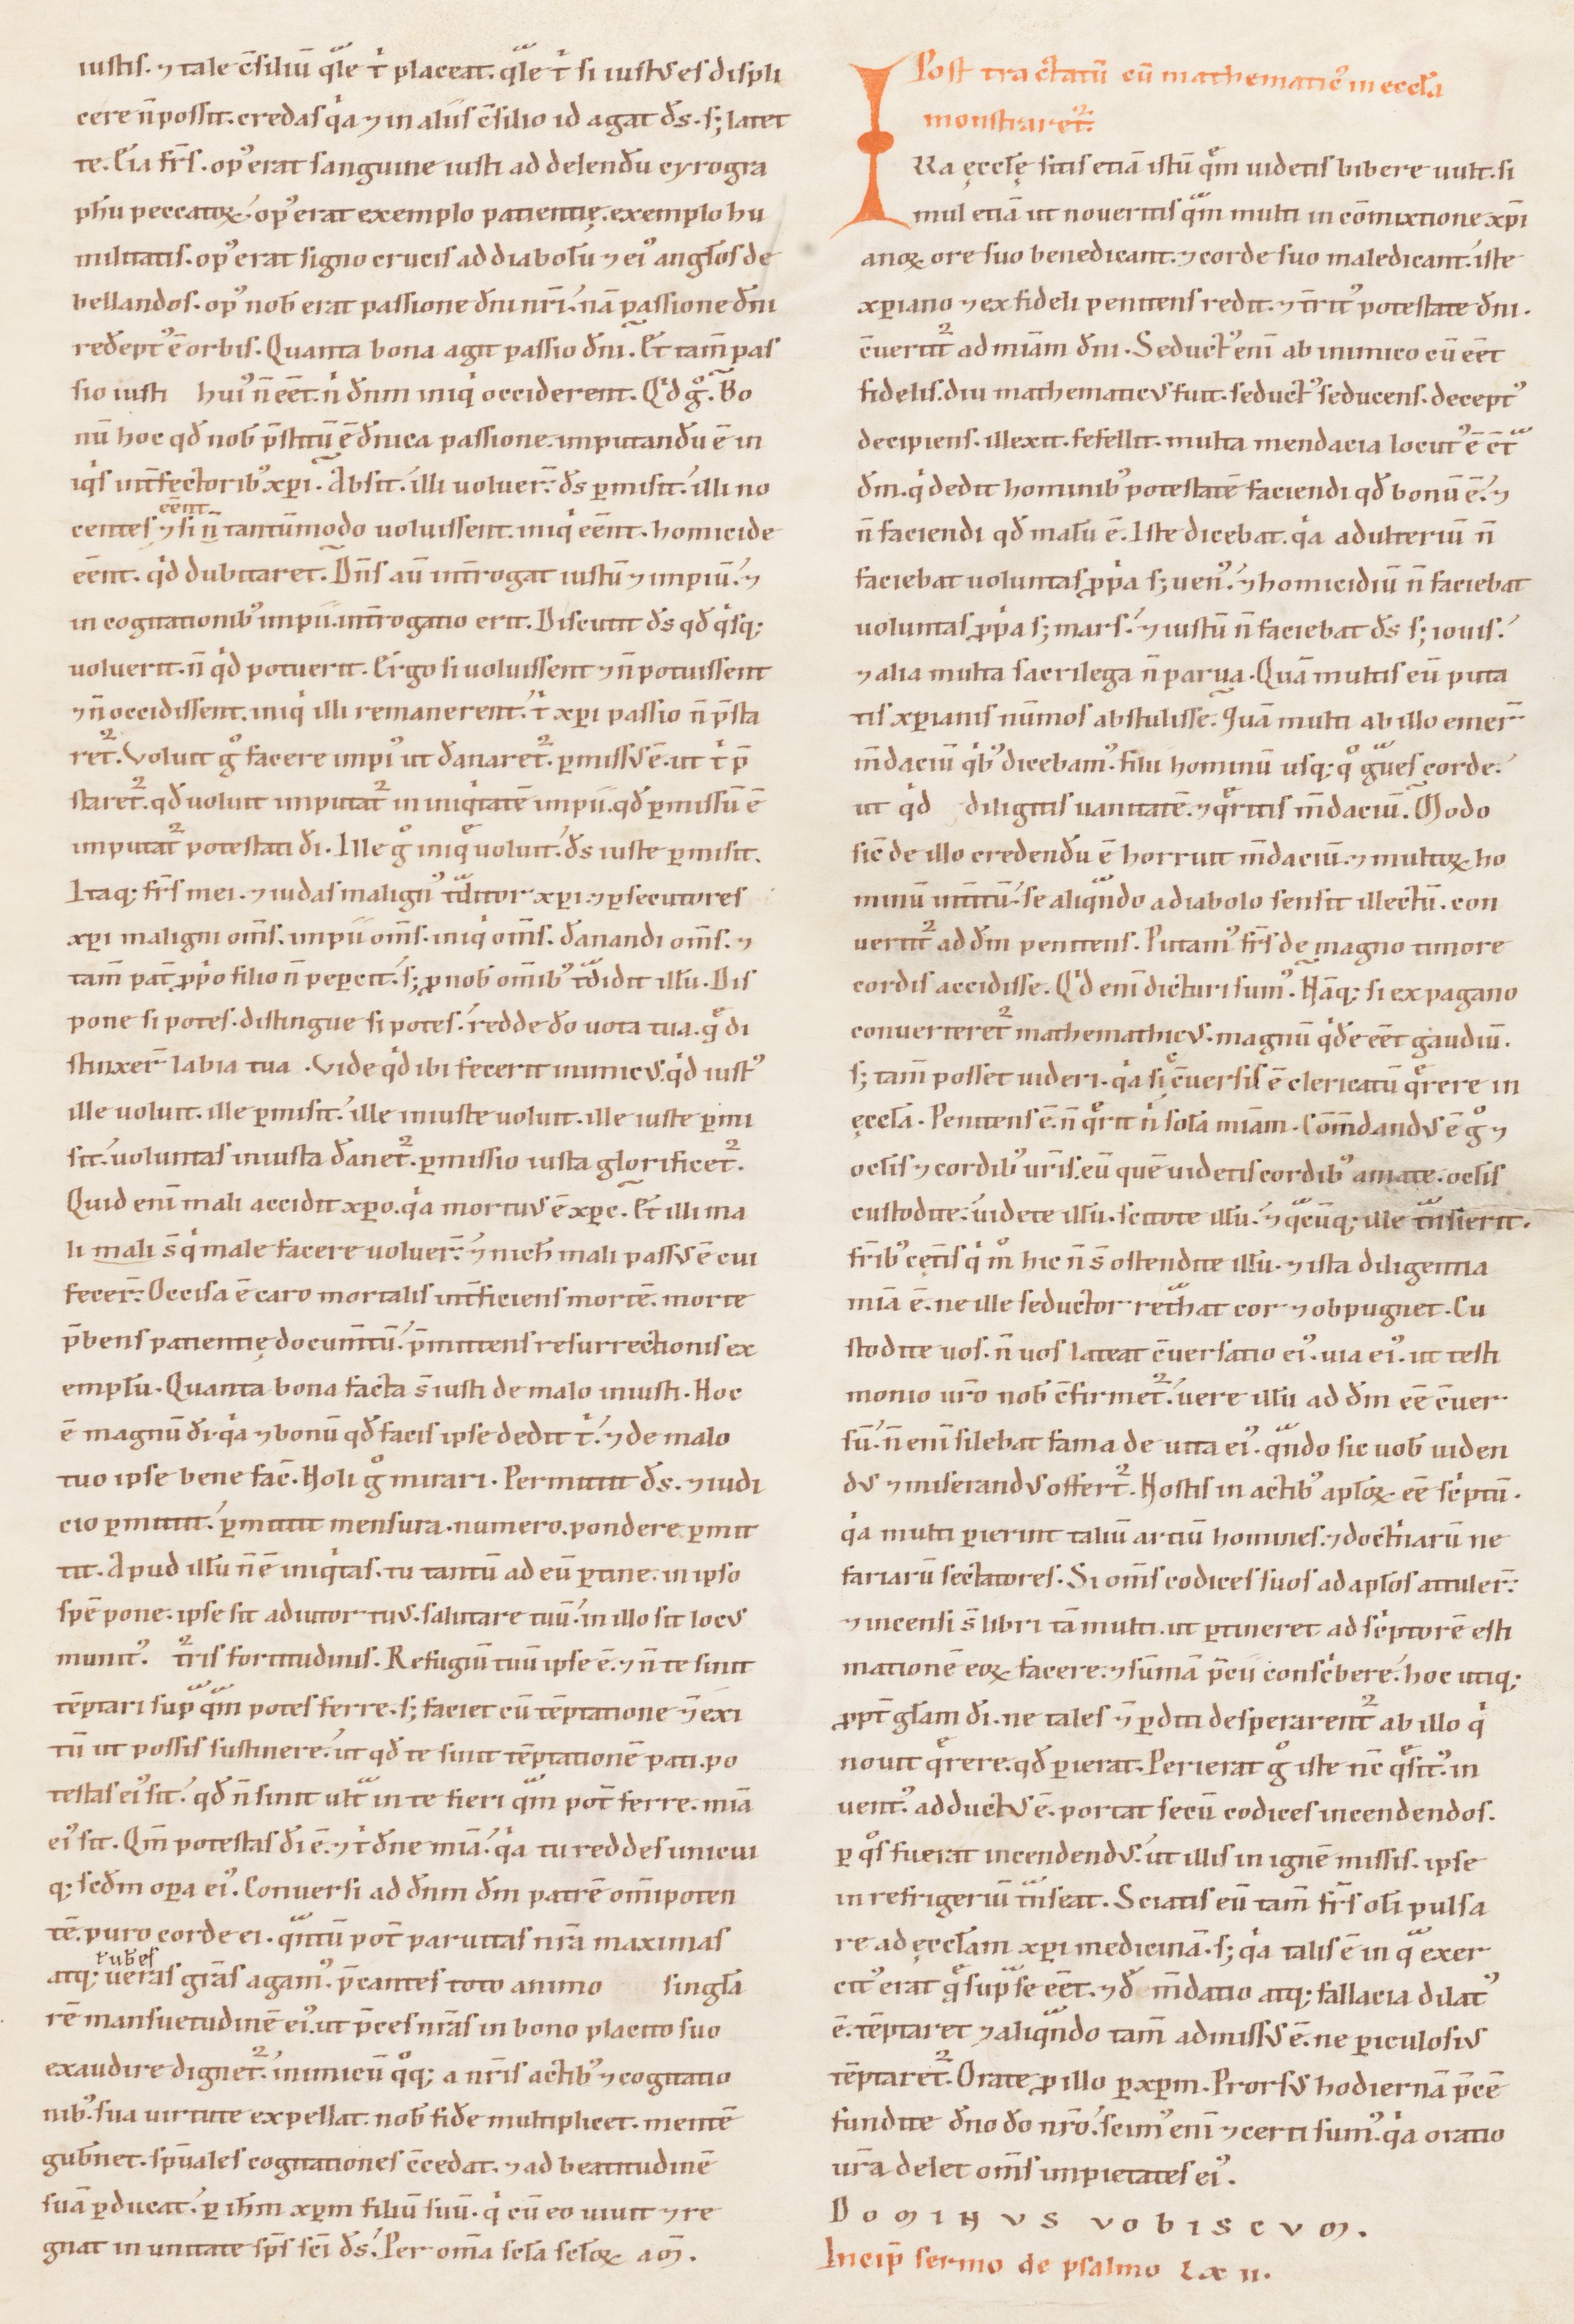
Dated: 1100–1199